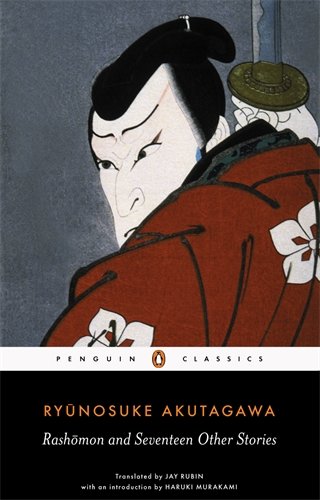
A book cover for Rashomon and Seventeen Other Stories (Penguin Classics); Ryunosuke Akutagawa; Literature & Fiction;